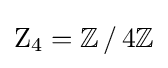
\mathrm {Z} _{4}=\mathbb {Z} \,/\,4\mathbb {Z}